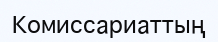
Комиссариаттың